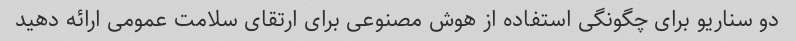
دو سناریو برای چگونگی استفاده از هوش مصنوعی برای ارتقای سلامت عمومی ارائه دهید